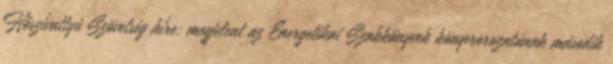
Hőszívattyú Szövetség híre: megjelent az Energetikai Szakkönyvek könyvsorozatának második